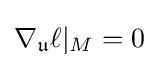
\nabla _{\mathfrak {u}}\ell |_{M}=0